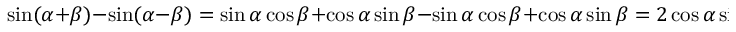
\sin ( \alpha + \beta ) - \sin ( \alpha - \beta ) = \sin \alpha \cos \beta + \cos \alpha \sin \beta - \sin \alpha \cos \beta + \cos \alpha \sin \beta = 2 \cos \alpha \sin \beta